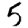
Digit: 5